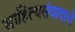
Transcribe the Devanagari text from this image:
साहित्यसंवादाचे